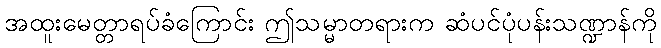
အထူးမေတ္တာရပ်ခံကြောင်း ဤသမ္မာတရားက ဆံပင်ပုံပန်းသဏ္ဍာန်ကို